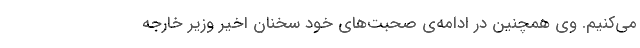
می‌کنیم. وی همچنین در ادامه‌ی صحبت‌های خود سخنان اخیر وزیر خارجه